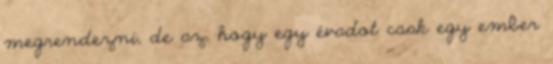
megrendezni, de az, hogy egy évadot csak egy ember